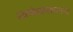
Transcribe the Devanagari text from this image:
स्वयंप्रकाशानन्द